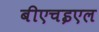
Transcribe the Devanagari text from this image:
बीएचइएल